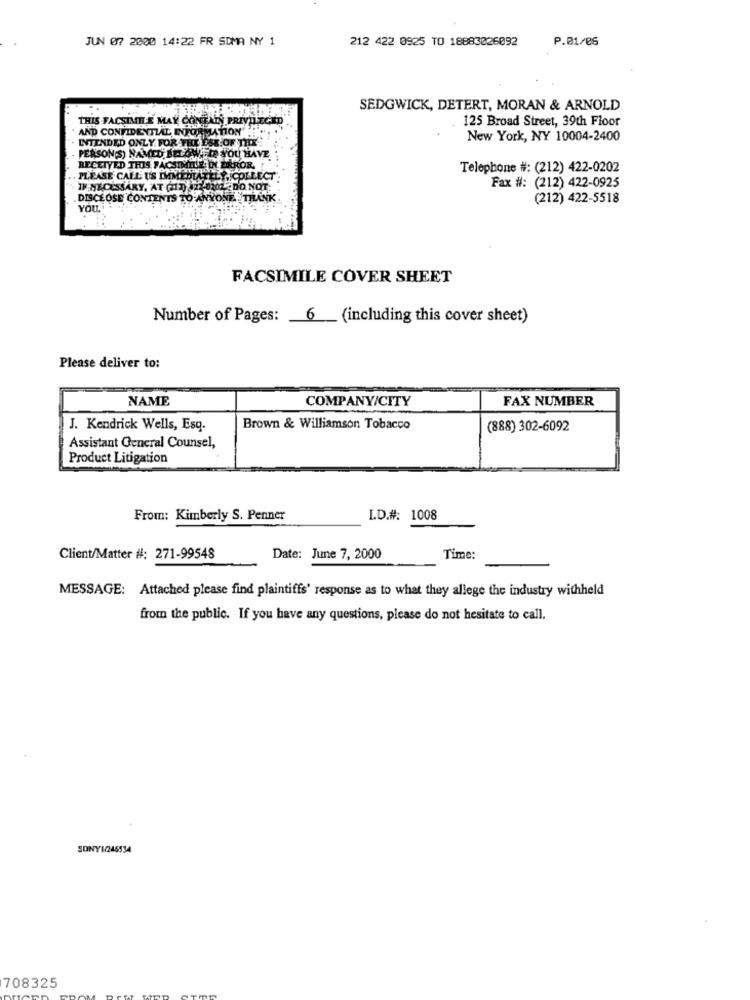
JUN 07 2000 14:22 FR SDMA NY 1
212 422 0925 TO 18883026092
P.01/85
SEDGWICK, DETERT, MORAN & ARNOLD
THIS FACSIMILE MAY CONTAIN PRIVILECHI
125 Broad Street, 39th Floor
AND CONFIDENTIAL INFORMATION !!
New York, NY 10004-2400
. INTENDED ONLY FOR THE USE OF THE
PERSON(S) NAMED BELOW. TE YOU HAVE
RECEIVED THIS FACSIMILE DI ERROR,
Telephone #: (212) 422-0202
PLEASE CALL US IMMEDIATELY.C
Fax #: (212) 422-0925
IN NECESSARY, AT (217) 822-0202 2DO NOT:
. DISCLOSE CONTENTS TO ANYONE. THANK
(212) 422-5518
FACSIMILE COVER SHEET
Number of Pages: 6 (including this cover sheet)
Please deliver to:
NAME
COMPANY/CITY
FAX NUMBER
J. Kendrick Wells, Esq.
Brown & Williamson Tobacco
(888) 302-6092
Assistant General Counsel,
Product Litigation
From: Kimberly S. Penner
L.D.#: 1008
Client/Matter #: 271-99548
Date: June 7, 2000
Time:
MESSAGE: Attached please find plaintiffs' response as to what they allege the industry withheld
from the public. If you have any questions, please do not hesitate to call.
SONY1/246534
708325